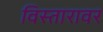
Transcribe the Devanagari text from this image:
विस्तारावर